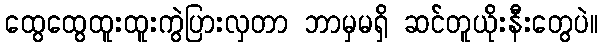
ထွေထွေထူးထူးကွဲပြားလှတာ ဘာမှမရှိ ဆင်တူယိုးနီးတွေပဲ။